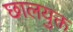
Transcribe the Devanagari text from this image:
छालयुक्त